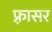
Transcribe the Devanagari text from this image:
फ़्रासर